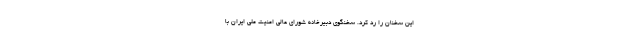
این سخنان را رد کرد. سخنگوی دبیرخانه شورای عالی امنیت ملی ایران با